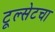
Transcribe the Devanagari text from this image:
टूल्सेटचा